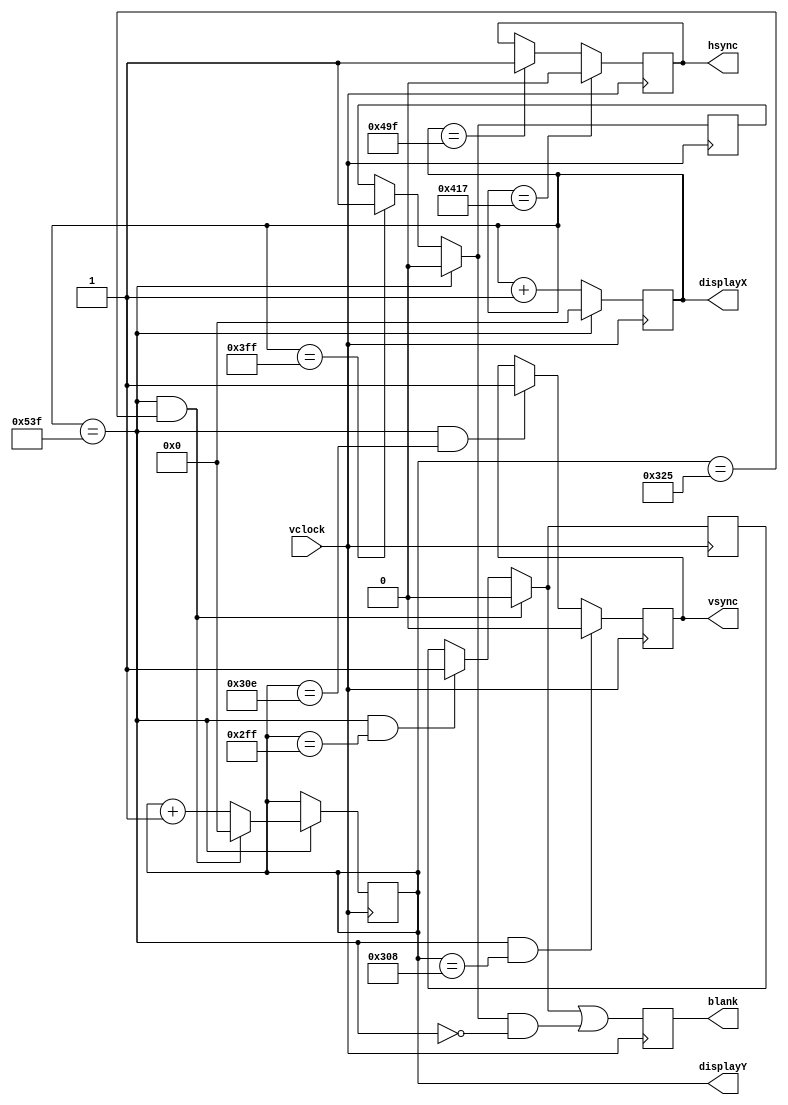


// Most modules generate their output on the clock cycle after the input is generated.
// Modules that take n more clock cycles (by pipelining output generation) are also fine.

// Don't instantiate this: instantiate an xvga_delayed_group
module xvga(input vclock,
            output reg [11:0] displayX, // pixel number on current line
            output reg [11:0]  displayY, // line number
            output reg 	      vsync,hsync,blank);

   // horizontal: 1344 pixels total
   // display 1024 pixels per line
   reg 			      hblank,vblank;
   wire 		      hsyncon,hsyncoff,hreset,hblankon;
   assign hblankon = (displayX == 1023);
   assign hsyncon = (displayX == 1047);
   assign hsyncoff = (displayX == 1183);
   assign hreset = (displayX == 1343);

   // vertical: 806 lines total
   // display 768 lines
   wire 		      vsyncon,vsyncoff,vreset,vblankon;
   assign vblankon = hreset & (displayY == 767);
   assign vsyncon = hreset & (displayY == 776);
   assign vsyncoff = hreset & (displayY == 782);
   assign vreset = hreset & (displayY == 805);

   // sync and blanking
   wire 		      next_hblank,next_vblank;
   assign next_hblank = hreset ? 0 : hblankon ? 1 : hblank;
   assign next_vblank = vreset ? 0 : vblankon ? 1 : vblank;
   always @(posedge vclock) begin
      displayX <= hreset ? 0 : displayX + 1;
      hblank <= next_hblank;
      hsync <= hsyncon ? 0 : hsyncoff ? 1 : hsync;  // active low

      displayY <= hreset ? (vreset ? 0 : displayY + 1) : displayY;
      vblank <= next_vblank;
      vsync <= vsyncon ? 0 : vsyncoff ? 1 : vsync;  // active low

      blank <= next_vblank | (next_hblank & ~hreset);
   end
endmodule

module xvga1280_1024(input vclock,
            output reg [11:0] displayX, // pixel number on current line
            output reg [11:0]  displayY, // line number
            output reg 	      vsync,hsync,blank);

   // Settings from http://tinyvga.com/vga-timing/1280x1024@60Hz
   reg 			      hblank,vblank;
   wire 		      hsyncon,hsyncoff,hreset,hblankon;
   assign hblankon = (displayX == 1023);
   assign hsyncon = (displayX == 1047);
   assign hsyncoff = (displayX == 1183);
   assign hreset = (displayX == 1343);

   // vertical: 806 lines total
   // display 768 lines
   wire 		      vsyncon,vsyncoff,vreset,vblankon;
   assign vblankon = hreset & (displayY == 767);
   assign vsyncon = hreset & (displayY == 776);
   assign vsyncoff = hreset & (displayY == 782);
   assign vreset = hreset & (displayY == 805);

   // sync and blanking
   wire 		      next_hblank,next_vblank;
   assign next_hblank = hreset ? 0 : hblankon ? 1 : hblank;
   assign next_vblank = vreset ? 0 : vblankon ? 1 : vblank;
   always @(posedge vclock) begin
      displayX <= hreset ? 0 : displayX + 1;
      hblank <= next_hblank;
      hsync <= hsyncon ? 0 : hsyncoff ? 1 : hsync;  // active low

      displayY <= hreset ? (vreset ? 0 : displayY + 1) : displayY;
      vblank <= next_vblank;
      vsync <= vsyncon ? 0 : vsyncoff ? 1 : vsync;  // active low

      blank <= next_vblank | (next_hblank & ~hreset);
   end
endmodule

module mysprite(input [10:0]displayX, input [9:0]displayY, input vsync, input hsync, input blank,
  output [3:0]vga_r, output [3:0]vga_g, output [3:0] vga_b);

    assign vga_r = 4'b0;
    assign vga_b = blank ? 4'b0 : 4'b1111;
    assign vga_g = 4'b0;
endmodule

module xvga_signal_delayer(input vclock,
                           input [10:0] displayX_in, // pixel number on current line
                           input [9:0]  displayY_in, // line number
                           input 	      vsync_in,hsync_in,blank_in,

                           output reg [10:0] displayX_out, // pixel number on current line
                           output reg [9:0]  displayY_out, // line number
                           output reg 	     vsync_out,hsync_out,blank_out);
  always @(posedge vclock) begin
    displayX_out <= displayX_in;
    displayY_out <= displayY_in;
    vsync_out <= vsync_in;
    hsync_out <= hsync_in;
    blank_out <= blank_in;
  end
endmodule

// This is the
// Instantiate a whole array of these boys in one go.
/*
module xvga_delayed_group #(parameter NUM_DELAYS=1)
  (input vclock,
   output wire [10:0] displayX[NUM_DELAYS:0],
   output wire [9:0] displayY[NUM_DELAYS:0],
   output wire vsync[NUM_DELAYS:0],
   output wire hsync[NUM_DELAYS:0],
   output wire blank[NUM_DELAYS:0]);

  xvga x(.vclock(vclock), .displayX(displayX[0]), .displayY(displayY[0]),
         .vsync(vsync[0]), .hsync(hsync[0]), .blank(blank[0]));

  genvar i;
  generate for (i = 1; i <= NUM_DELAYS; i = i + 1) begin
    xvga_signal_delayer sig_delay_group (.vclock(vclock),
      .displayX_in(displayX[i-1]), .displayY_in(displayY[i-1]),
      .vsync_in(vsync[i-1]), .hsync_in(hsync[i-1]), .blank_in(blank[i-1]),
      .displayX_out(displayX[i]), .displayY_out(displayY[i]),
      .vsync_out(vsync[i]), .hsync_out(hsync[i]), .blank_out(blank[i]));
  end
  endgenerate
endmodule
*/